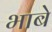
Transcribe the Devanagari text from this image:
भाबे